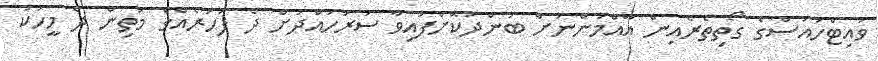
ވައިޓްހައުސްގެ ގޯތިތެރެއިން އާއްމުންނަށް ބަންދުކޮށްފައިވާ ސަރަހައްދަށް ދެ ފަހަރެއްގެ މަތިން ދެ މީހަކު